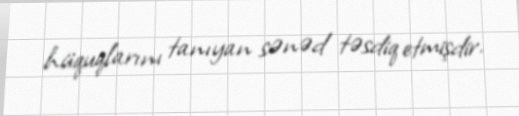
hüquqlarını tanıyan sənəd təsdiq etmişdir.